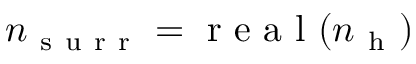
n _ { \mathrm { ~ s ~ u ~ r ~ r ~ } } = \mathrm { ~ r ~ e ~ a ~ l ~ } ( n _ { \mathrm { ~ h ~ } } )